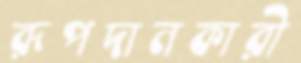
রূপদানকারী